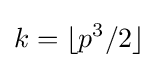
k=\lfloor p^{3}/2\rfloor